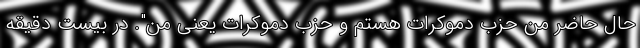
حال حاضر من حزب دموکرات هستم و حزب دموکرات یعنی من". در بیست دقیقه